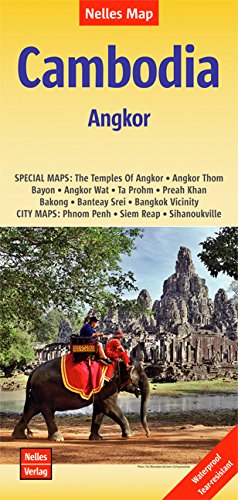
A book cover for Cambodia-Angkor Map (2015) (English, French and German Edition); Nelles; Travel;